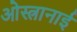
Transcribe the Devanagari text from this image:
ओस्त्रानाई